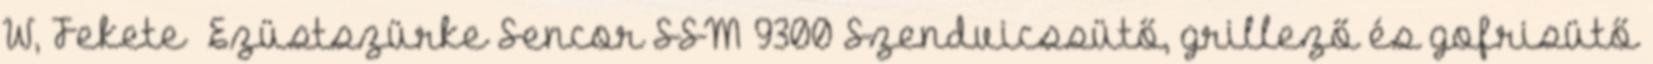
W, Fekete Ezüstszürke Sencor SSM 9300 Szendvicssütő, grillező és gofrisütő